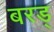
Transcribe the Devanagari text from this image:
बरड्